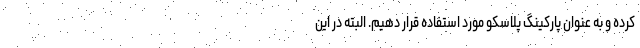
کرده و به عنوان پارکینگ پلاسکو مورد استفاده قرار دهیم. البته در این